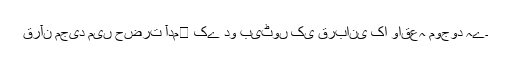
قرآن مجید میں حضرت آدم﷤ کے دو بیٹوں کی قربانی کا واقعہ موجود ہے۔